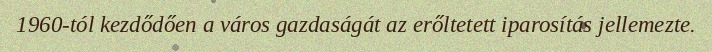
1960-tól kezdődően a város gazdaságát az erőltetett iparosítás jellemezte.